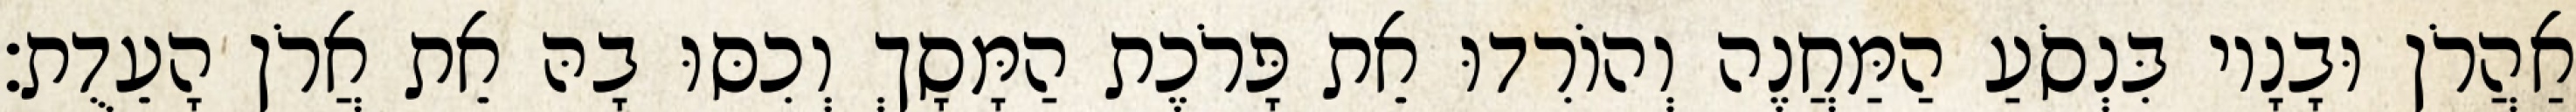
אַהֲרֹן וּבָנָיו בִּנְסֹעַ הַמַּחֲנֶה וְהוֹרִדוּ אֵת פָּרֹכֶת הַמָּסָךְ וְכִסּוּ בָהּ אֵת אֲרֹן הָעֵדֻת׃